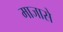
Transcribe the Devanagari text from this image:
माजासे